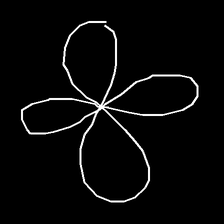
Glyph: billowing